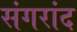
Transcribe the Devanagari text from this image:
संगरांद